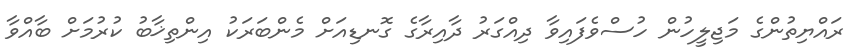
ރައްޔިތުންގެ މަޖިލީހުން ހުސްވެފައިވާ ދިއްގަރު ދާއިރާގެ ގޮނޑިއަށް މެންބަރަކު އިންތިޚާބު ކުރުމަށް ބާއްވާ